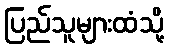
ပြည်သူများထံသို့